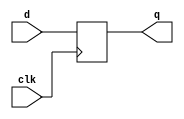
module my_dff(input clk,input d, output reg q);
	always @(posedge clk)  
	begin
		q <= d;
	end
endmodule

module top_module ( input clk, input d, output q );
	wire q1,q2;
	my_dff u_my_dff1(clk,d,q1);
	my_dff u_my_dff2(clk,q1,q2);
	my_dff u_my_dff3(clk,q2,q);
endmodule